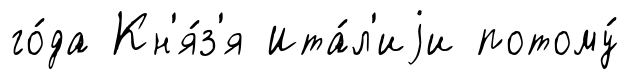
го́да Кн'я́з'я Ита́л'иjи потому́